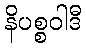
နိပစ္စဝါဒီ